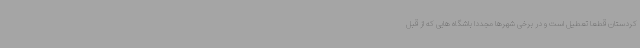
کردستان قطعا تعطیل است و در برخی شهرها مجددا باشگاه هایی که از قبل